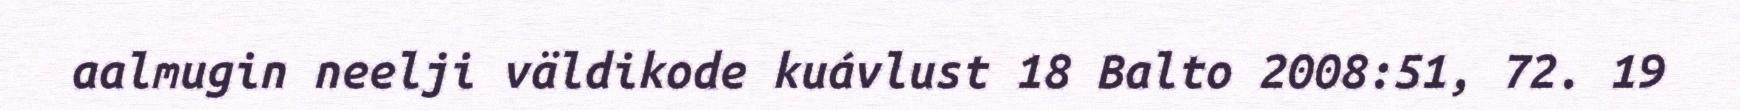
aalmugin neelji väldikode kuávlust 18 Balto 2008:51, 72. 19